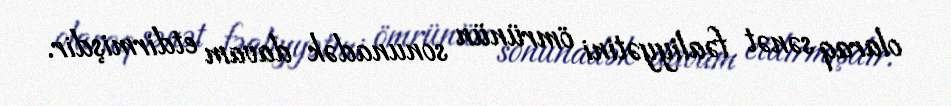
olaraq sənət fəaliyyətini ömrünün sonunadək davam etdirmişdir.